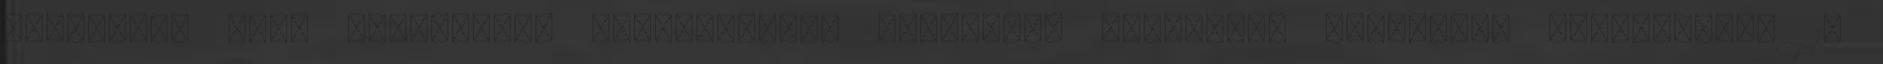
SZÉCHENYI TERV TÁRSADALMI EGYEZTETÉSRE MEGJELENT FONTOSABB PÁLYÁZATI LEHETŐSÉGEI 1.